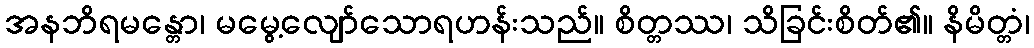
အနဘိရမန္တော၊ မမွေ့လျော်သောရဟန်းသည်။ စိတ္တဿ၊ သိခြင်းစိတ်၏။ နိမိတ္တံ၊